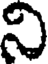
ని